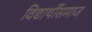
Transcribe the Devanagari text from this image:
विद्यार्थीसमाज